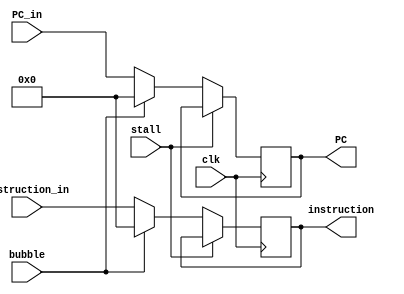
module IF_ID(input clk,
                    input bubble,
                    input [31:0] PC_in,
                    input [31:0] instruction_in,
                    output reg[31:0] instruction,
                    output reg[31:0] PC,
                    input stall);

    initial begin
        PC<=32'b0;
        instruction<=32'b0;
    end

    always@(posedge clk) begin
        if(stall) //
            begin
                PC<=PC;
                instruction<=instruction;
            end
        else if(bubble!=0) //
            begin
                PC<=32'b0;
                instruction<=32'b0;
            end
        else //
            begin
                PC<=PC_in;
                instruction<=instruction_in;
            end
    end

endmodule